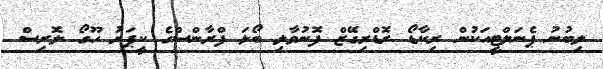
ލިބުނު ޕެނަލްޓީއަކުން ރިކާޑޯ ރޮޑްރިގޭޒް ފޮނުވާލި ބޯޅަ ފްރާންސްގެ ކީޕަރު ހޫގޯ ލޮރިސް